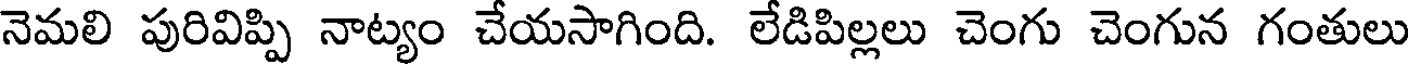
నెమలి పురివిప్పి నాట్యం చేయసాగింది. లేడిపిల్లలు చెంగు చెంగున గంతులు